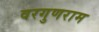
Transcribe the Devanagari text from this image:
वरगुणराम